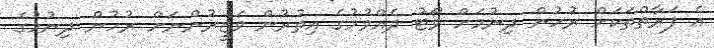
އެ ފަރާތްތަކަށް ރުހުން ދިނުމަށް ވޯޓު ދެއްވުމުގެ އިތުރުން ވަޒީރުންނަށް ރުހުން ދިނުމުގެ